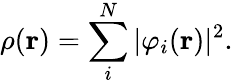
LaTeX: \rho(\mathbf{r})=\sum_{i}^{N}|\varphi_{i}(\mathbf{r})|^{2}.